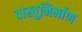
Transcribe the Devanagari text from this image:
वास्तुनिर्माण